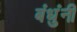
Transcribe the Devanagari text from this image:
बंधुंनी